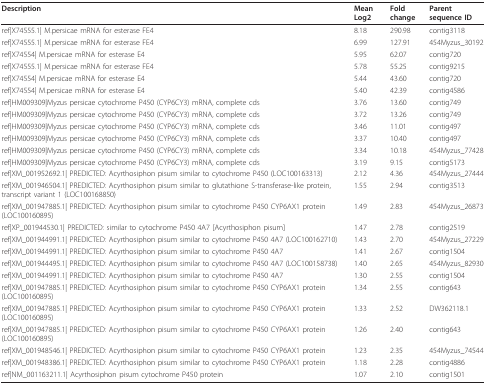
<table><thead><tr><td><b>Description</b></td><td><b>Mean Log2</b></td><td><b>Fold change</b></td><td><b>Parent sequence ID</b></td></tr></thead><tbody><tr><td>ref|X74555.1| M.persicae mRNA for esterase FE4</td><td>8.18</td><td>290.98</td><td>contig3118</td></tr><tr><td>ref|X74555.1| M.persicae mRNA for esterase FE4</td><td>6.99</td><td>127.91</td><td>454Myzus_30192</td></tr><tr><td>ref|X74554| M.persicae mRNA for esterase E4</td><td>5.95</td><td>62.07</td><td>contig720</td></tr><tr><td>ref|X74555.1| M.persicae mRNA for esterase FE4</td><td>5.78</td><td>55.25</td><td>contig9215</td></tr><tr><td>ref|X74554| M.persicae mRNA for esterase E4</td><td>5.44</td><td>43.60</td><td>contig720</td></tr><tr><td>ref|X74554| M.persicae mRNA for esterase E4</td><td>5.40</td><td>42.39</td><td>contig4586</td></tr><tr><td>ref|HM009309|Myzus persicae cytochrome P450 (CYP6CY3) mRNA, complete cds</td><td>3.76</td><td>13.60</td><td>contig749</td></tr><tr><td>ref|HM009309|Myzus persicae cytochrome P450 (CYP6CY3) mRNA, complete cds</td><td>3.72</td><td>13.26</td><td>contig749</td></tr><tr><td>ref|HM009309|Myzus persicae cytochrome P450 (CYP6CY3) mRNA, complete cds</td><td>3.46</td><td>11.01</td><td>contig497</td></tr><tr><td>ref|HM009309|Myzus persicae cytochrome P450 (CYP6CY3) mRNA, complete cds</td><td>3.37</td><td>10.40</td><td>contig497</td></tr><tr><td>ref|HM009309|Myzus persicae cytochrome P450 (CYP6CY3) mRNA, complete cds</td><td>3.34</td><td>10.18</td><td>454Myzus_77428</td></tr><tr><td>ref|HM009309|Myzus persicae cytochrome P450 (CYP6CY3) mRNA, complete cds</td><td>3.19</td><td>9.15</td><td>contig5173</td></tr><tr><td>ref|XM_001952692.1| PREDICTED: Acyrthosiphon pisum similar to cytochrome P450 (LOC100163313)</td><td>2.12</td><td>4.36</td><td>454Myzus_27444</td></tr><tr><td>ref|XM_001946504.1| PREDICTED: Acyrthosiphon pisum similar to glutathione S-transferase-like protein, transcript variant 1 (LOC100168850)</td><td>1.55</td><td>2.94</td><td>contig3513</td></tr><tr><td>ref|XM_001947885.1| PREDICTED: Acyrthosiphon pisum similar to cytochrome P450 CYP6AX1 protein (LOC100160895)</td><td>1.49</td><td>2.83</td><td>454Myzus_26873</td></tr><tr><td>ref|XP_001944530.1| PREDICTED: similar to cytochrome P450 4A7 [Acyrthosiphon pisum]</td><td>1.47</td><td>2.78</td><td>contig2519</td></tr><tr><td>ref|XM_001944991.1| PREDICTED: Acyrthosiphon pisum similar to cytochrome P450 4A7 (LOC100162710)</td><td>1.43</td><td>2.70</td><td>454Myzus_27229</td></tr><tr><td>ref|XM_001944991.1| PREDICTED: Acyrthosiphon pisum similar to cytochrome P450 4A7</td><td>1.41</td><td>2.67</td><td>contig1504</td></tr><tr><td>ref|XM_001944495.1| PREDICTED: Acyrthosiphon pisum similar to cytochrome P450 4A7 (LOC100158738)</td><td>1.40</td><td>2.65</td><td>454Myzus_82930</td></tr><tr><td>ref|XM_001944991.1| PREDICTED: Acyrthosiphon pisum similar to cytochrome P450 4A7</td><td>1.30</td><td>2.55</td><td>contig1504</td></tr><tr><td>ref|XM_001947885.1| PREDICTED: Acyrthosiphon pisum similar to cytochrome P450 CYP6AX1 protein (LOC100160895)</td><td>1.34</td><td>2.55</td><td>contig643</td></tr><tr><td>ref|XM_001947885.1| PREDICTED: Acyrthosiphon pisum similar to cytochrome P450 CYP6AX1 protein (LOC100160895)</td><td>1.33</td><td>2.52</td><td>DW362118.1</td></tr><tr><td>ref|XM_001947885.1| PREDICTED: Acyrthosiphon pisum similar to cytochrome P450 CYP6AX1 protein (LOC100160895)</td><td>1.26</td><td>2.40</td><td>contig643</td></tr><tr><td>ref|XM_001948546.1| PREDICTED: Acyrthosiphon pisum similar to cytochrome P450 CYP6AX1 protein</td><td>1.23</td><td>2.35</td><td>454Myzus_74544</td></tr><tr><td>ref|XM_001948386.1| PREDICTED: Acyrthosiphon pisum similar to cytochrome P450 CYP6AX1 protein</td><td>1.18</td><td>2.28</td><td>contig4886</td></tr><tr><td>ref|NM_001163211.1| Acyrthosiphon pisum cytochrome P450 protein</td><td>1.07</td><td>2.10</td><td>contig1501</td></tr></tbody></table>